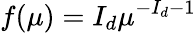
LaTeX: f(\mu)=I_{d}\mu^{-I_{d}-1}